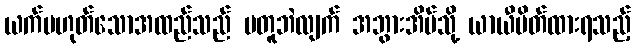
ယက်မဟုတ်သောအထည်သည် မတူဘဲလျက် အဘွားအိမ်သို့ ယာယီပိတ်ထားရသည့်